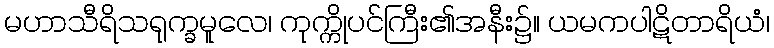
မဟာသီရိသရုက္ခမူလေ၊ ကုက္ကိုပင်ကြီး၏အနီး၌။ ယမကပါဋိတာရိယံ၊